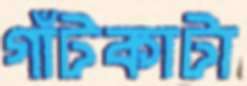
গাঁটকাটা